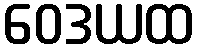
ဝေဒယထ